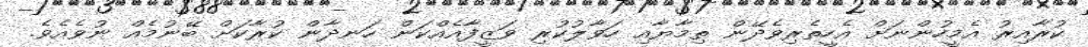
ކުރާއިރު އެމީހުންނަށް އެހީތެރިވެދޭން ތިމާޔާއި ހަވާލުކުރި ވަޒީފާއެއްކަން ހަނދާން ކުރާކަށް ބޭނުމެއް ނުވެއެވެ.